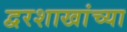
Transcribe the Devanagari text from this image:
द्वरशाखांच्या